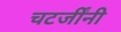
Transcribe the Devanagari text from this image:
चटर्जींनी